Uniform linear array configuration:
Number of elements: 12
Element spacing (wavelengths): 0.25
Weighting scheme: hamming
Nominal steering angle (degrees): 30
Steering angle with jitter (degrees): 31.5
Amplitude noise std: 0.05
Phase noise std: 0.05

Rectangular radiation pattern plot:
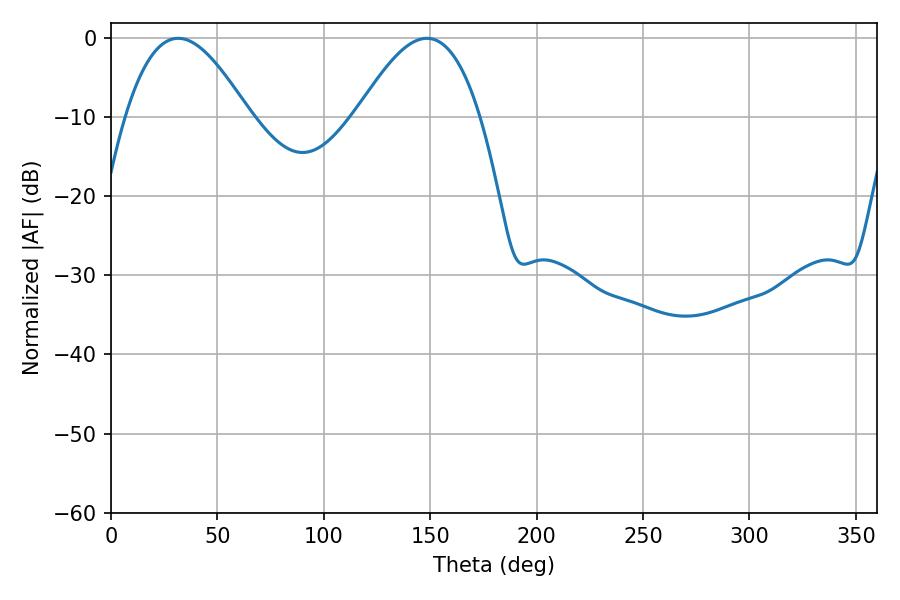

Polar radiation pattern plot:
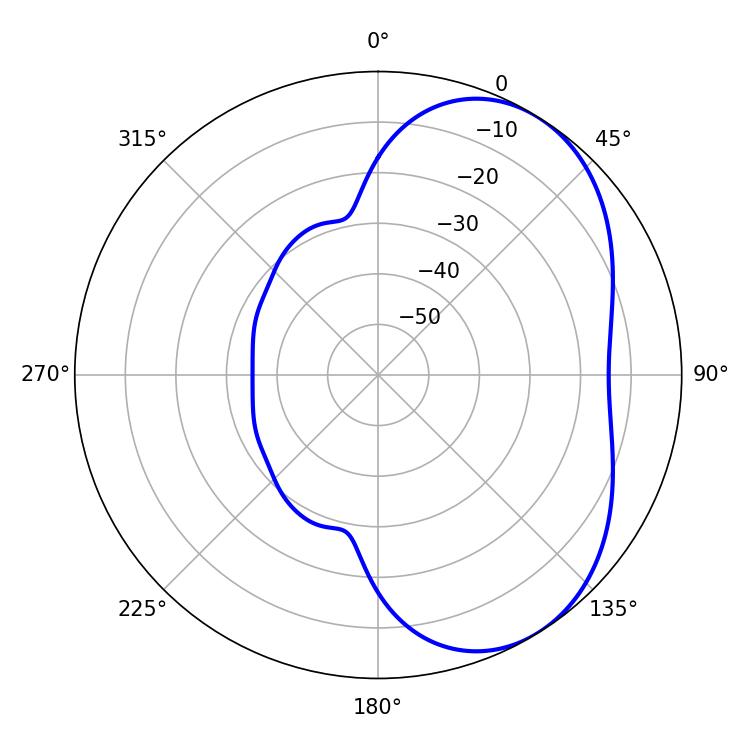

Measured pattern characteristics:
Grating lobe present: FALSE
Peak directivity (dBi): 4.685
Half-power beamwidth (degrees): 31.32
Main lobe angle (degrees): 31.5